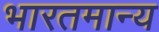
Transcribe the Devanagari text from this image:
भारतमान्य